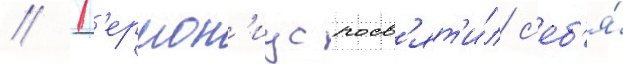
// Г'ермон'иус посв'ят'и́л с'еб'я́